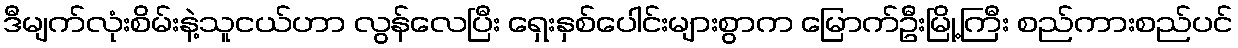
ဒီမျက်လုံးစိမ်းနဲ့သူငယ်ဟာ လွန်လေပြီး ရှေးနှစ်ပေါင်းများစွာက မြောက်ဦးမြို့ကြီး စည်ကားစည်ပင်